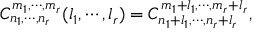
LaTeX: C _ { n _ { 1 } , \cdots , n _ { r } } ^ { m _ { 1 } , \cdots , m _ { r } } ( l _ { 1 } , \cdots , l _ { r } ) = C _ { n _ { 1 } + l _ { 1 } , \cdots , n _ { r } + l _ { r } } ^ { m _ { 1 } + l _ { 1 } , \cdots , m _ { r } + l _ { r } } ,